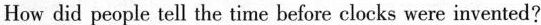
How did people tell the time before clocks were invented?